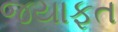
જયાફત